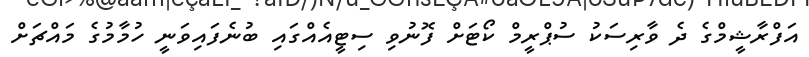
އަފްރާޝީމްގެ ދެ ވާރިސަކު ސުޕްރީމް ކޯޓަށް ފޮނުވި ސިޓީއެއްގައި ބުނެފައިވަނީ ހުމާމުގެ މައްޗަށް